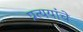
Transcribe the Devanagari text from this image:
प्रत्ययांचे